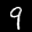
Label: 9